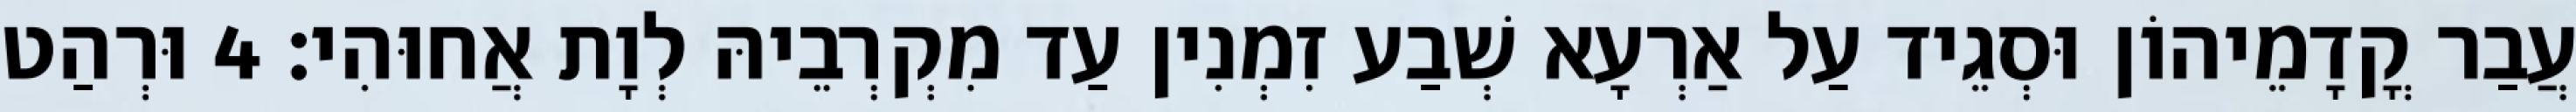
עֲבַר קֳדָמֵיהוֹן וּסְגֵיד עַל אַרְעָא שְׁבַע זִמְנִין עַד מִקְרְבֵיהּ לְוָת אֲחוּהִי׃ 4 וּרְהַט